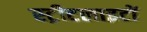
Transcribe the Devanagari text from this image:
स्‍ट्रीटलाइटों